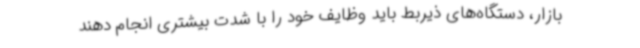
بازار، دستگاه‌های ذیربط باید وظایف خود را با شدت بیشتری انجام دهند